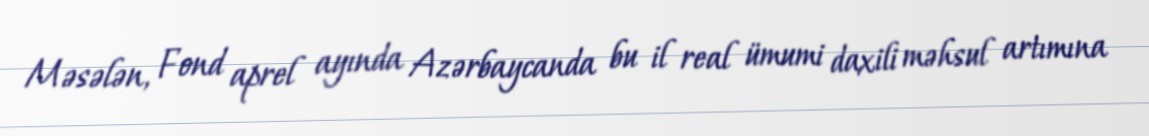
Məsələn, Fond aprel ayında Azərbaycanda bu il real ümumi daxili məhsul artımına